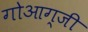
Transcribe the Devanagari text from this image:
गोआग्जी